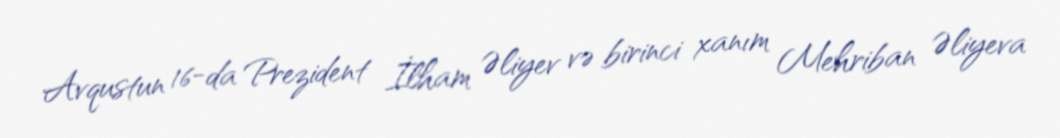
Avqustun 16-da Prezident İlham Əliyev və birinci xanım Mehriban Əliyeva